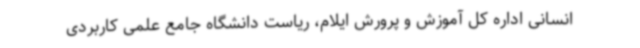
انسانی اداره کل آموزش و پرورش ایلام، ریاست دانشگاه جامع علمی کاربردی